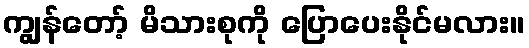
ကျွန်တော့် မိသားစုကို ပြောပေးနိုင်မလား။